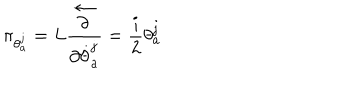
\pi _ { \theta _ { a } ^ { j } } = L \frac { \stackrel { \leftarrow } { \partial } } { \partial \dot { \theta } _ { a } ^ { j } } = \frac { i } { 2 } \theta _ { a } ^ { j }